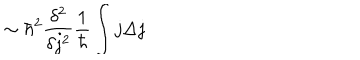
LaTeX: \sim \hbar ^ { 2 } \frac { \delta ^ { 2 } } { \delta j ^ { 2 } } \frac { 1 } { \hbar } \int j \Delta j